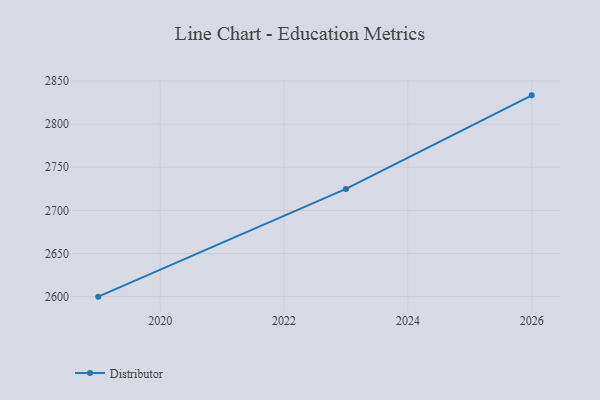
{"axis": {"x": "Year", "y": "Backlog"}, "legend": ["Distributor"], "data": [{"x": "2019", "y": 2600.0, "type": "Distributor"}, {"x": "2023", "y": 2724.9, "type": "Distributor"}, {"x": "2026", "y": 2833.4, "type": "Distributor"}]}